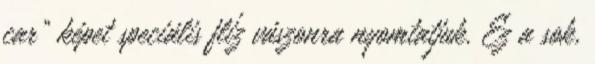
car" képet speciális flíz vászonra nyomtatjuk. Ez a sok,